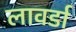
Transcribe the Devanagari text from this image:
लावर्डा